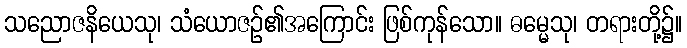
သညောဇနိယေသု၊ သံယောဇဉ်၏အကြောင်း ဖြစ်ကုန်သော။ ဓမ္မေသု၊ တရားတို့၌။